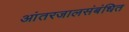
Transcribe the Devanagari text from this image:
आंतरजालसंबंधित